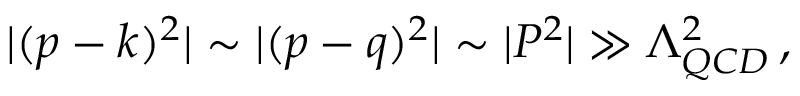
| ( p - k ) ^ { 2 } | \sim | ( p - q ) ^ { 2 } | \sim | P ^ { 2 } | \gg \Lambda _ { Q C D } ^ { 2 } \, ,